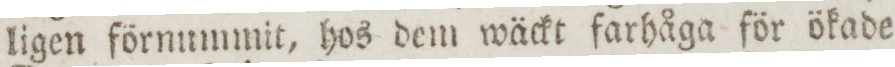
ligen förnummit, hos dem wäckt farhåga för ökade